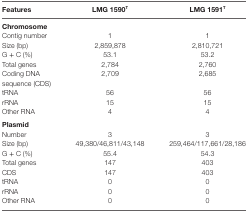
| Features | LMG 1590T | LMG 1591T |
 | --- | --- | --- |
 | <COLSPAN=3> Chromosome |
 | Contig number | 1 | 1 |
 | Size (bp) | 2,859,878 | 2,810,721 |
 | G + C (%) | 53.1 | 53.2 |
 | Total genes | 2,784 | 2,760 |
 | Coding DNA sequence (CDS) | 2,709 | 2,685 |
 | tRNA | 56 | 56 |
 | rRNA | 15 | 15 |
 | Other RNA | 4 | 4 |
 | <COLSPAN=3> Plasmid |
 | Number | 3 | 3 |
 | Size (bp) | 49,380/46,811/43,148 | 259,464/117,661/28,186 |
 | G + C (%) | 55.4 | 54.3 |
 | Total genes | 147 | 403 |
 | CDS | 147 | 403 |
 | tRNA | 0 | 0 |
 | rRNA | 0 | 0 |
 | Other RNA | 0 | 0 |